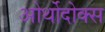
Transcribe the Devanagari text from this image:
ओर्थोदोक्स